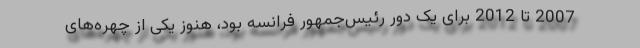
2007 تا 2012 برای یک دور رئیس‌جمهور فرانسه بود، هنوز یکی از چهره‌‌های